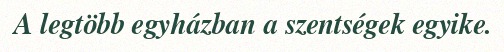
A legtöbb egyházban a szentségek egyike.